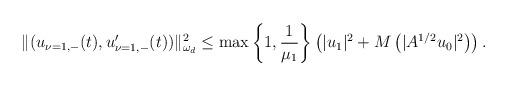
LaTeX: \begin{align*}\|(u_{\nu=1,-}(t),u_{\nu=1,-}'(t))\|_{\omega_{d}}^{2}\leq\max\left\{1,\frac{1}{\mu_{1}}\right\}\left(|u_{1}|^{2}+M\left(|A^{1/2}u_{0}|^{2}\right)\right).\end{align*}